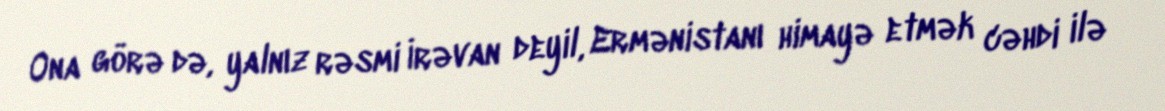
Ona görə də, yalnız rəsmi İrəvan deyil, Ermənistanı himayə etmək cəhdi ilə